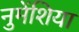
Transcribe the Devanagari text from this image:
नुमेंशिया